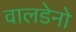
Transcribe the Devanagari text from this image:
वालडेनो